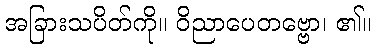
အခြားသပိတ်ကို။ ဝိညာပေတဗ္ဗော၊ ၏။